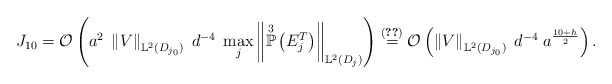
\begin{align*}J_{10} = \mathcal{O}\left( a^{2} \; \left\Vert V \right\Vert_{\mathbb{L}^{2}(D_{j_{0}})} \; d^{-4} \; \max_{j} \left\Vert \overset{3}{\mathbb{P}}\left(E^{T}_j\right) \right\Vert_{\mathbb{L}^{2}(D_j)} \right) \overset{(\ref{max-P1P3})}{=} \mathcal{O}\left( \left\Vert V \right\Vert_{\mathbb{L}^{2}(D_{j_{0}})} \; d^{-4} \; a^{\frac{10+h}{2}} \right).\end{align*}